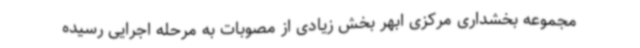
مجموعه بخشداری مرکزی ابهر بخش زیادی از مصوبات به مرحله اجرایی رسیده